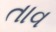
તાવ